Medical and sanitary report of the native army of Madras for the year
Year: 1878
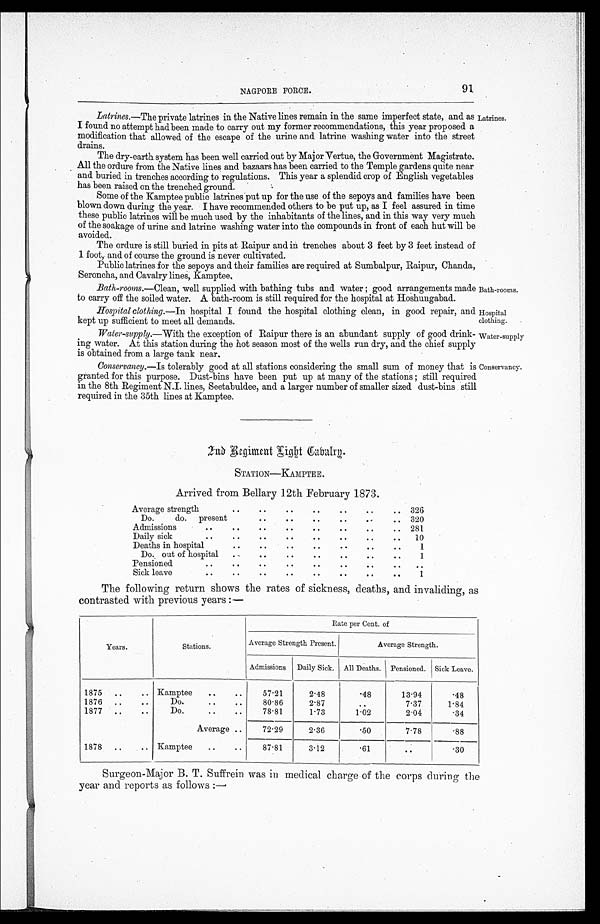
Bath-rooms.
Hospital
clothing.
Water-supply
Conservancy.
NAGPORE FORCE.
91
Latrines. —The private latrines in the Native lines remain in the same imperfect state, and as
I found no attempt had been made to carry out my former recommendations, this year proposed a
modification that allowed of the escape of the urine and latrine washing water into the street
drains.
The dry-earth system has been well carried out by Major Vertue, the Government Magistrate.
All the ordure from the Native lines and bazaars has been carried to the Temple gardens quite near
and buried in trenches according to regulations. This year a splendid crop of English vegetables
has been raised on the trenched ground.
Some of the Kamptee public latrines put up for the use of the sepoys and families have been
blown down during the year. I have recommended others to be put up, as I feel assured in time
these public latrines will be much used by the inhabitants of the lines, and in this way very much
of the soakage of urine and latrine washing water into the compounds in front of each hut will be
avoided.
The ordure is still buried in pits at Raipur and in trenches about 3 feet by 3 feet instead of
1 foot, and of course the ground is never cultivated.
Public latrines for the sepoys and their families are required at Sumbalpur, Raipur, Chanda,
Seroncha, and Cavalry lines, Kamptee,
Bath-rooms .—Clean, well supplied with bathing tubs and water ; good arrangements made
to carry off the soiled water. A. bath-room is still required for the hospital at Hoshungabad.
Hospital clothing. —In hospital I found the hospital clothing clean, in good repair, and
kept up sufficient to meet all demands.
Water-supply.—With the exception of Raipur there is an abundant supply of good drink-
ing water. At this station during the hot season most of the wells run dry, and the chief supply
is obtained from a large tank near.
Conservancy.—Is tolerably good at all stations considering the small sum of money that is
granted for this purpose. Dust-bins have been put up at many of the stations ; still required
in the 8th Regiment N.I. lines, Seetabuldee, and a larger number of smaller sized dust-bins still
required in the 35th lines at Kamptee.
Latrines.
2nd Regiment Light Cabalrg.
STATION—KAMPTEE.
Arrived from Bellary 12th February 1873.
Average strength
..
..
..
..
..
..
.. 326
Do.
do. present ..
..
..
..
..
..
.. 320
Admissions
..
..
..
..
..
..
..
.. 281
Daily sick
..
..
..
..
..
..
..
..
10
Deaths in hospital
..
..
..
.. ..
..
..
1
Do. out of hospital ..
..
..
..
..
..
..
1
Pensioned
..
..
..
..
..
..
..
..
..
Sick leave
..
..
..
..
..
..
..
..
1
The following return shows the rates of sickness, deaths, and invaliding, as
contrasted with previous years :—
Years.
Stations.
Rate per Cent. of
Average Strength Present.
Average Strength.
Admissions Daily Sick. All Deaths. Pensioned. Sick Leave.
1875 ..
.. Kamptee
..
..
57.21
2.48
.48
13.94
.48
1876 ..
..
Do.
..
..
80.86
2.87
..
7.37
1.84
1877 ..
..
Do.
..
..
78.81
1.73
1.02
2.01
.34
Average ..
72.29
2.36
.50
7.78
.88
1878 ..
... Kamptee
..
..
87.81
3.12
.61
..
.30
Surgeon-Major B. T. Suffrein was in medical charge of the corps during the
year and reports as follows :—